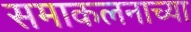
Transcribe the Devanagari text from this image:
समाकलनाच्या